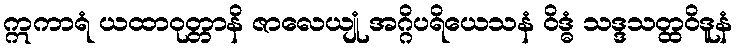
ဣကာရံ ယထာဝုတ္တာနိ ဇာလေယျုံ အဂ္ဂိပရိယေသနံ ဝိဒ္ဓံ သဒ္ဒသတ္ထဝိဒူနံ